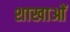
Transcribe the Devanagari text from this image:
शाखाआें